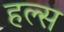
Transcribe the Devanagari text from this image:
हल्स